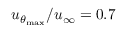
u _ { \theta _ { \mathrm { m a x } } } / u _ { \infty } = 0 . 7